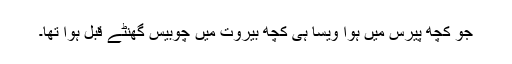
جو کچھ پیرس میں ہوا ویسا ہی کچھ بیروت میں چوبیس گھنٹے قبل ہوا تھا۔